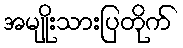
အမျိုးသားပြတိုက်